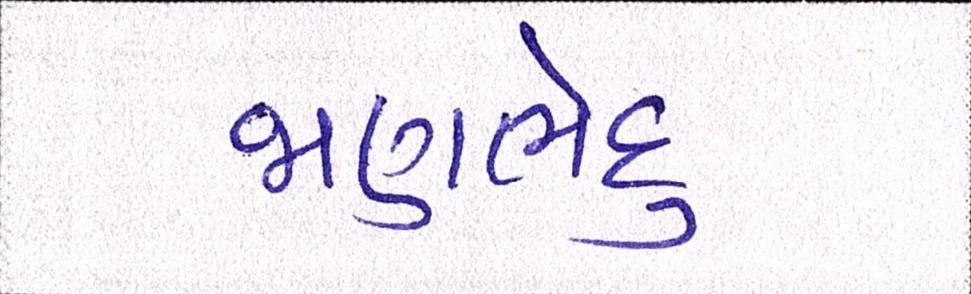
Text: જાણભેદુ